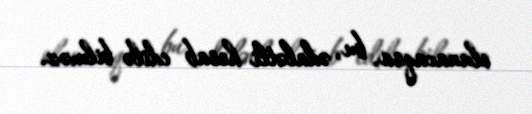
olunacaqsa, bu, ədalətli hesab edilə bilməz.